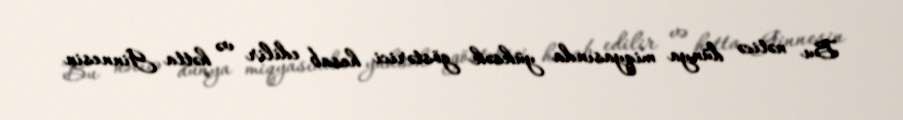
Bu nəticə dünya miqyasında yüksək göstərici hesab edilir və hətta Ginnesin